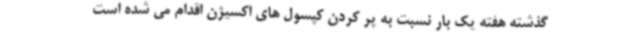
گذشته هفته یک بار نسبت به پر کردن کپسول های اکسیژن اقدام می شده است